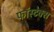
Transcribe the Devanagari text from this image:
फॉस्टेक्स